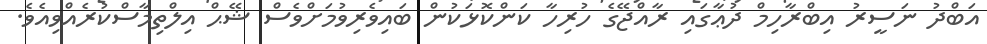
އަބްދު ނަސީރު އިބްރާހިމް ދުޢާގައި ރާއްޖޭގެ ހުރިހާ ކަންކޮޅަކުން ބައިވެރިވުމަށްވެސް ޝޭޙް އިލްތިމާސްކުރެއްވިއެވެ.